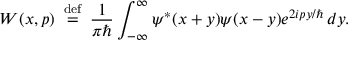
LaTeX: W ( x , p ) \, \ { \stackrel { \mathrm { d e f } } { = } } \ \, { \frac { 1 } { \pi \hbar } } \int _ { - \infty } ^ { \infty } \psi ^ { * } ( x + y ) \psi ( x - y ) e ^ { 2 i p y / \hbar } \, d y .